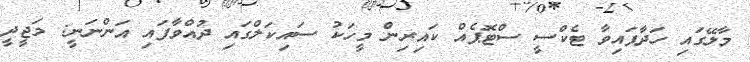
މާލޭގައި ހަދާފައިވާ ޓެކްސީ ސްޓޮޕެއް ކައިރިން މީހަކު ސައިކަލްގައި ދުއްވާފައި އަންނަނީ: މަޖީދީ